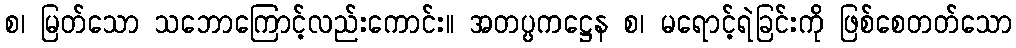
စ၊ မြတ်သော သဘောကြောင့်လည်းကောင်း။ အတပ္ပကဋ္ဌေန စ၊ မရောင့်ရဲခြင်းကို ဖြစ်စေတတ်သော